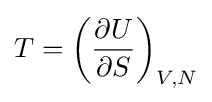
T=\left({\frac {\partial U}{\partial S}}\right)_{V,N}